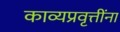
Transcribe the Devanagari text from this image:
काव्यप्रवृत्तींना